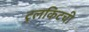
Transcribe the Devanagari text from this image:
टुलकिटची